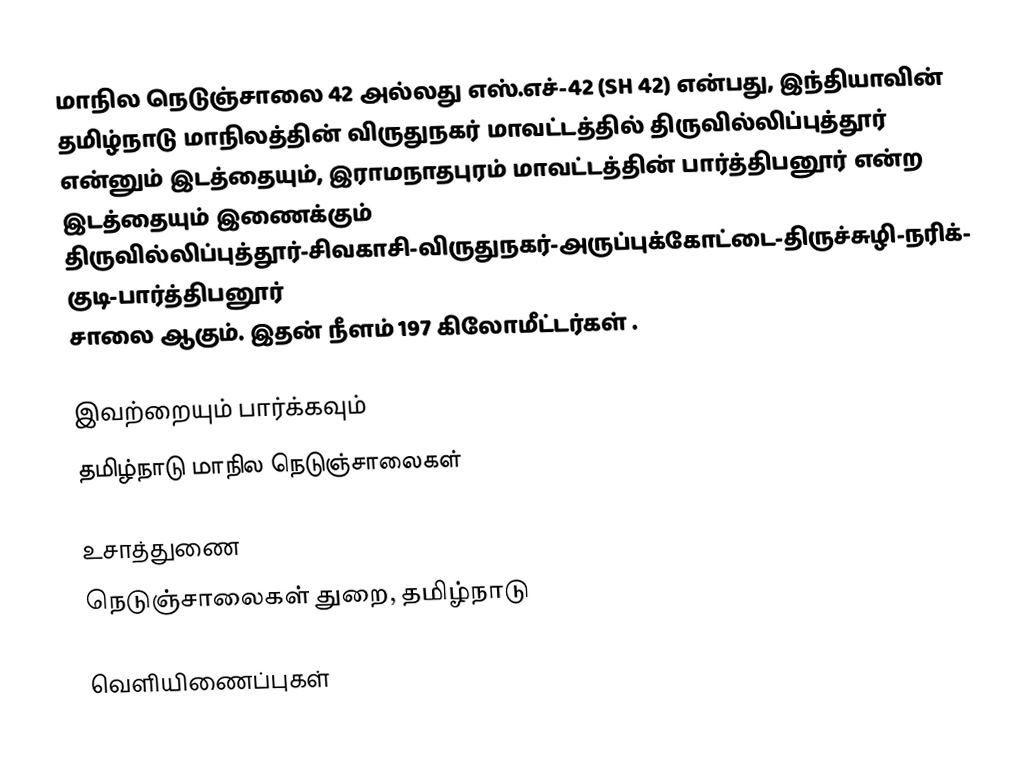
மாநில நெடுஞ்சாலை 42 அல்லது எஸ்.எச்-42 (SH 42) என்பது, இந்தியாவின் தமிழ்நாடு மாநிலத்தின் விருதுநகர் மாவட்டத்தில் திருவில்லிப்புத்தூர் என்னும் இடத்தையும், இராமநாதபுரம் மாவட்டத்தின் பார்த்திபனூர் என்ற இடத்தையும் இணைக்கும் திருவில்லிப்புத்தூர்-சிவகாசி-விருதுநகர்-அருப்புக்கோட்டை-திருச்சுழி-நரிக்குடி-பார்த்திபனூர் சாலை ஆகும். இதன் நீளம் 197  கிலோமீட்டர்கள் .

இவற்றையும் பார்க்கவும்
 தமிழ்நாடு மாநில நெடுஞ்சாலைகள்

உசாத்துணை
 நெடுஞ்சாலைகள் துறை, தமிழ்நாடு

வெளியிணைப்புகள்